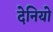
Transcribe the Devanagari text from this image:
देनियो